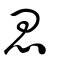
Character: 思